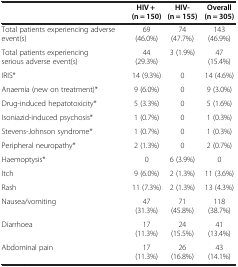
<table><thead><tr><td><b> </b></td><td><b>HIV + (n = 150)</b></td><td><b>HIV- (n = 155)</b></td><td><b>Overall (n = 305)</b></td></tr></thead><tbody><tr><td>Total patients experiencing adverse event(s)</td><td>69 (46.0%)</td><td>74 (47.7%)</td><td>143 (46.9%)</td></tr><tr><td>Total patients experiencing serious adverse event(s)</td><td>44 (29.3%)</td><td>3 (1.9%)</td><td>47 (15.4%)</td></tr><tr><td>IRIS*</td><td>14 (9.3%)</td><td>0</td><td>14 (4.6%)</td></tr><tr><td>Anaemia (new on treatment)*</td><td>9 (6.0%)</td><td>0</td><td>9 (3.0%)</td></tr><tr><td>Drug-induced hepatotoxicity*</td><td>5 (3.3%)</td><td>0</td><td>5 (1.6%)</td></tr><tr><td>Isoniazid-induced psychosis*</td><td>1 (0.7%)</td><td>0</td><td>1 (0.3%)</td></tr><tr><td>Stevens-Johnson syndrome*</td><td>1 (0.7%)</td><td>0</td><td>1 (0.3%)</td></tr><tr><td>Peripheral neuropathy*</td><td>2 (1.3%)</td><td>0</td><td>2 (0.7%)</td></tr><tr><td>Haemoptysis*</td><td>0</td><td>6 (3.9%)</td><td>0</td></tr><tr><td>Itch</td><td>9 (6.0%)</td><td>2 (1.3%)</td><td>11 (3.6%)</td></tr><tr><td>Rash</td><td>11 (7.3%)</td><td>2 (1.3%)</td><td>13 (4.3%)</td></tr><tr><td>Nausea/vomiting</td><td>47 (31.3%)</td><td>71 (45.8%)</td><td>118 (38.7%)</td></tr><tr><td>Diarrhoea</td><td>17 (11.3%)</td><td>24 (15.5%)</td><td>41 (13.4%)</td></tr><tr><td>Abdominal pain</td><td>17 (11.3%)</td><td>26 (16.8%)</td><td>43 (14.1%)</td></tr></tbody></table>